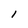
Character: l